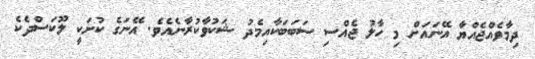
ދިމާވެއްޖެއްޔާ އޭނައަށް މި ހާލު ޖެއްސި ސަބަބަކާއިމެދު ޝަކުވާކުރާނެއެވެ. އޭނަގެ ކުށަކީ ލޫކަސްދެކެ